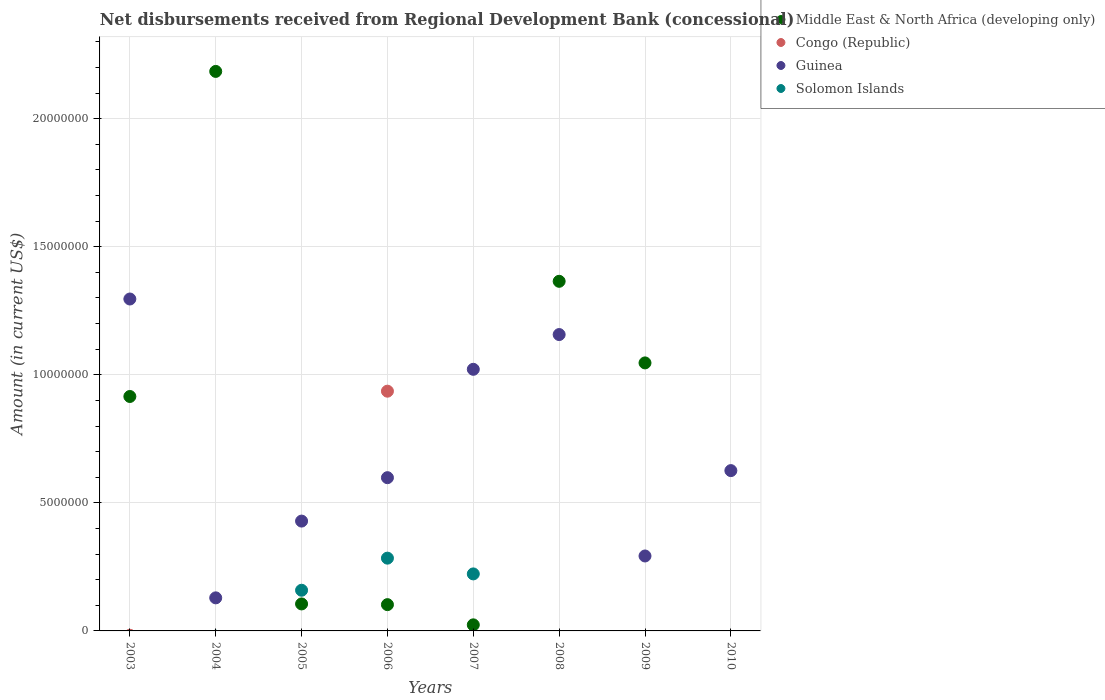
| Years | Middle East & North Africa (developing only) | Congo (Republic) | Guinea | Solomon Islands |
 | --- | --- | --- | --- | --- |
 | 2003 | 9.15e+06 | -1.71e+05 | 1.3e+07 | -1.8e+06 |
 | 2004 | 2.18e+07 | -6.88e+05 | 1.29e+06 | -2.04e+05 |
 | 2005 | 1.05e+06 | -3.83e+05 | 4.29e+06 | 1.59e+06 |
 | 2006 | 1.03e+06 | 9.36e+06 | 5.98e+06 | 2.84e+06 |
 | 2007 | 2.37e+05 | -3.68e+05 | 1.02e+07 | 2.23e+06 |
 | 2008 | 1.36e+07 | -3.95e+05 | 1.16e+07 | -1.67e+06 |
 | 2009 | 1.05e+07 | -4.01e+05 | 2.93e+06 | -2.83e+06 |
 | 2010 | -5.35e+06 | -2.12e+05 | 6.26e+06 | -2.74e+06 |